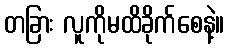
တခြား လူကိုမထိခိုက်စေနဲ့။